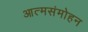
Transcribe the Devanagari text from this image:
आत्मसंमोहन